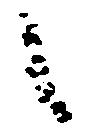
候